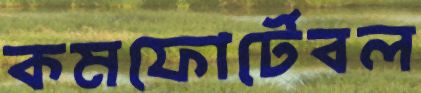
কমফোর্টেবল